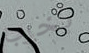
يخرب